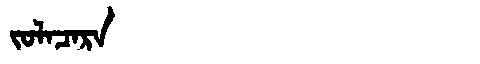
Manchu: ᠵᠣᠯᠠᠴᠠᡵᠠ
Romanization: JOLACARA